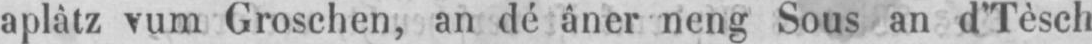
aplàtz vum Groschen, an dé âner neng Sous an d’Tèsch